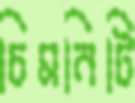
চিমনিটি